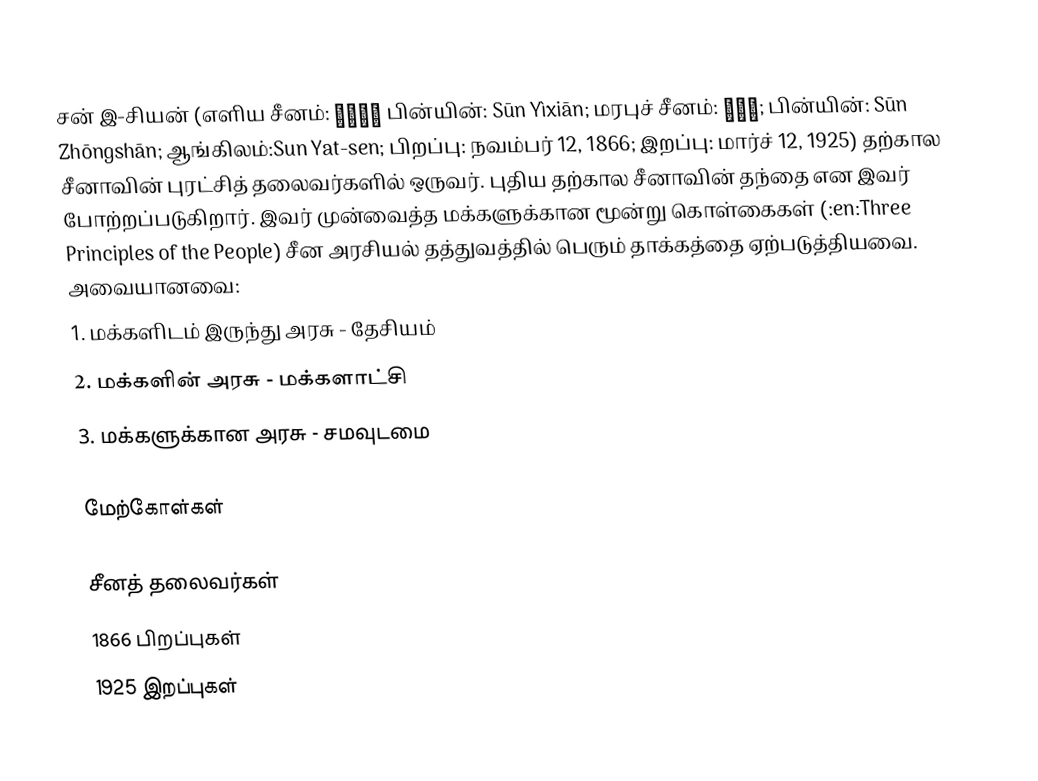
சன் இ-சியன் (எளிய சீனம்: 孫逸仙； பின்யின்: Sūn Yìxiān; மரபுச் சீனம்: 孫中山; பின்யின்: Sūn Zhōngshān; ஆங்கிலம்:Sun Yat-sen; பிறப்பு: நவம்பர் 12, 1866; இறப்பு: மார்ச் 12, 1925) தற்கால சீனாவின் புரட்சித் தலைவர்களில் ஒருவர். புதிய தற்கால சீனாவின் தந்தை என இவர் போற்றப்படுகிறார். இவர் முன்வைத்த மக்களுக்கான மூன்று கொள்கைகள் (:en:Three Principles of the People) சீன அரசியல் தத்துவத்தில் பெரும் தாக்கத்தை ஏற்படுத்தியவை. அவையானவை:
1. மக்களிடம் இருந்து அரசு - தேசியம்
2. மக்களின் அரசு - மக்களாட்சி
3. மக்களுக்கான அரசு - சமவுடமை

மேற்கோள்கள்

சீனத் தலைவர்கள்
1866 பிறப்புகள்
1925 இறப்புகள்